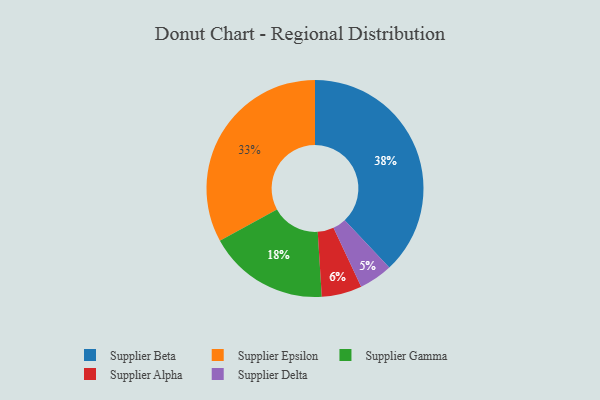
{"axis": {"x": "Category", "y": "Percentage"}, "legend": ["Supplier Alpha", "Supplier Beta", "Supplier Delta", "Supplier Epsilon", "Supplier Gamma"], "data": [{"x": "Supplier Alpha", "y": 6, "type": "Supplier Alpha"}, {"x": "Supplier Beta", "y": 38, "type": "Supplier Beta"}, {"x": "Supplier Gamma", "y": 18, "type": "Supplier Gamma"}, {"x": "Supplier Delta", "y": 5, "type": "Supplier Delta"}, {"x": "Supplier Epsilon", "y": 33, "type": "Supplier Epsilon"}]}